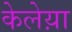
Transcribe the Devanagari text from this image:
केलेय़ा